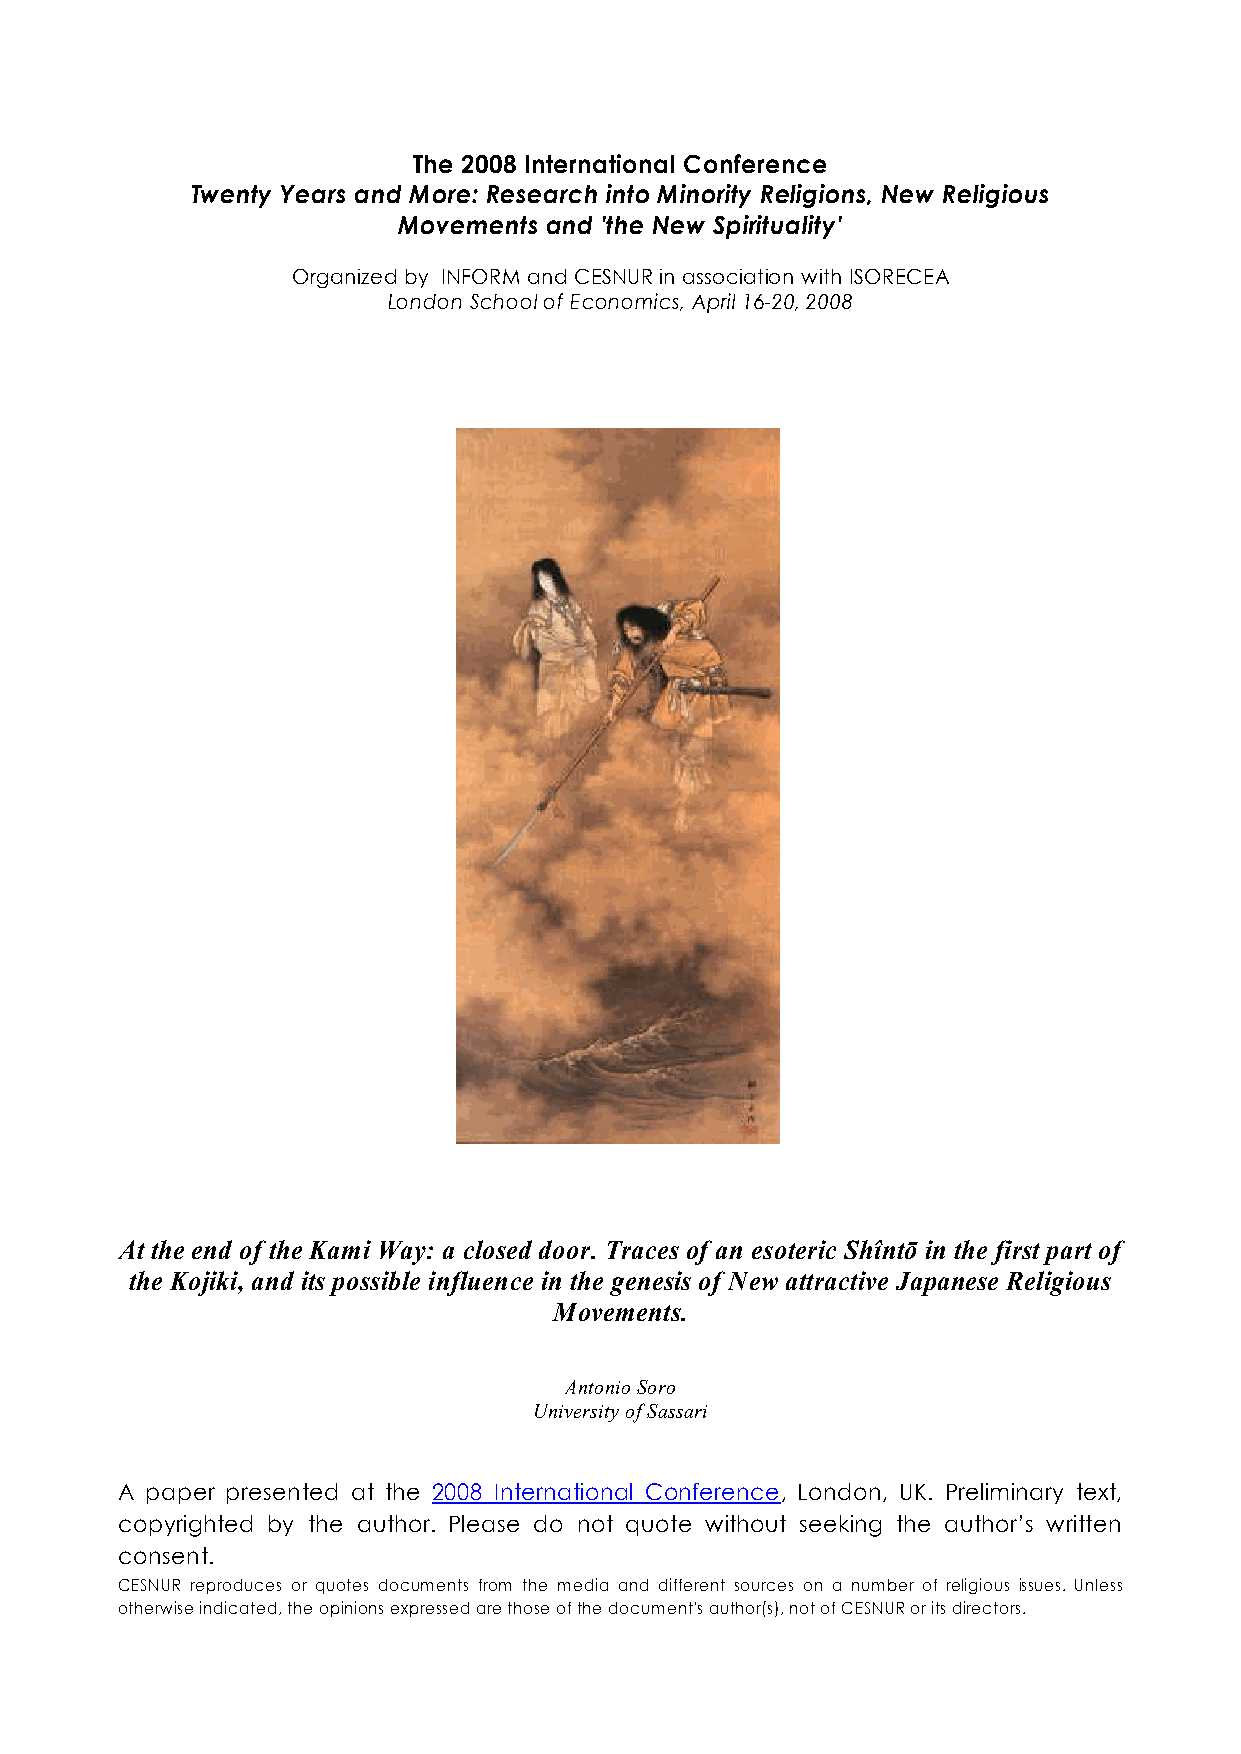
The 2008 International Conference
 Twenty Years and More: Research into Minority Religions, New Religious
 Movements and 'the New Spirituality'
 Organized by INFORM and CESNUR in association with ISORECEA
 London School of Economics, April 16-20, 2008
 At the end of the Kami Way: a closed door. Traces of an esoteric Shîntō in the first part of
 the Kojiki, and its possible influence in the genesis of New attractive Japanese Religious
 Movements.
 Antonio Soro
 University of Sassari
 A paper presented at the 2008 International Conference, London, UK. Preliminary text,
 copyrighted by the author. Please do not quote without seeking the author’s written
 consent.
 CESNUR reproduces or quotes documents from the media and different sources on a number of religious issues. Unless
 otherwise indicated, the opinions expressed are those of the document's author(s), not of CESNUR or its directors.